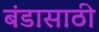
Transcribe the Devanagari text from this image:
बंडासाठी